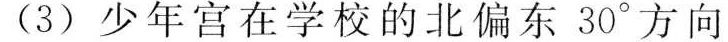
(3)少年宫在学校的北偏东30°方向